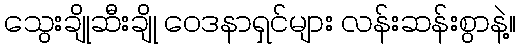
သွေးချိုဆီးချို ဝေဒနာရှင်များ လန်းဆန်းစွာနဲ့။